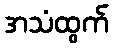
အသံထွက်